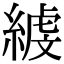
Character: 𦂇